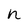
Character: n